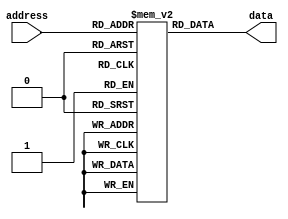
module memory_blocks_rom (
    input wire [ADDR_WIDTH-1:0] address,
    output reg [DATA_WIDTH-1:0] data
);

// Parameter definitions
parameter ADDR_WIDTH = 8;     // Address width for memory array
parameter DATA_WIDTH = 16;    // Data width for memory array
parameter MEM_DEPTH = 256;   // Depth of memory array

// Memory array definition
reg [DATA_WIDTH-1:0] memory [MEM_DEPTH-1:0];

// Initialize memory array with fixed pattern of data
initial begin
    // Here you can pre-load the memory array with desired data
    // Example:
    memory[0] = 16'hABCD;
    memory[1] = 16'h1234;
    // Continue for all memory locations as needed
end

// Read functionality based on address
always @* begin
    data = memory[address];
end

endmodule